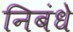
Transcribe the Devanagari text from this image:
निबंधे